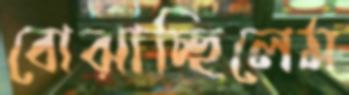
বোঝাচ্ছিলেম